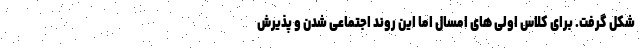
شکل گرفت. برای کلاس اولی های امسال اما این روند اجتماعی شدن و پذیرش